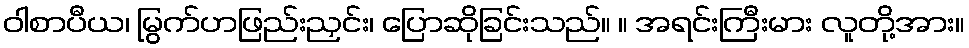
ဝါစာပီယ၊ မြွက်ဟဖြည်းညှင်း၊ ပြောဆိုခြင်းသည်။ ။ အရင်းကြီးမား လူတို့အား။